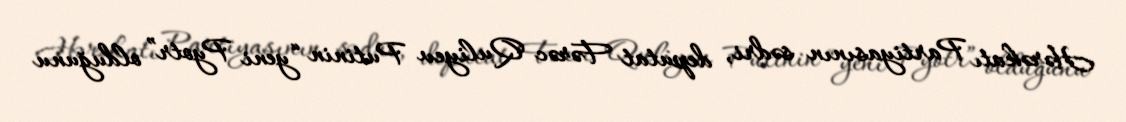
Hərəkatı Partiyasının sədri, deputat Fərəc Quliyev Putinin “yeni Pyotr” olduğunu